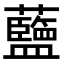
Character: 𫊗